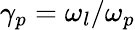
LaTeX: \gamma_{p}=\omega_{l}/\omega_{p}